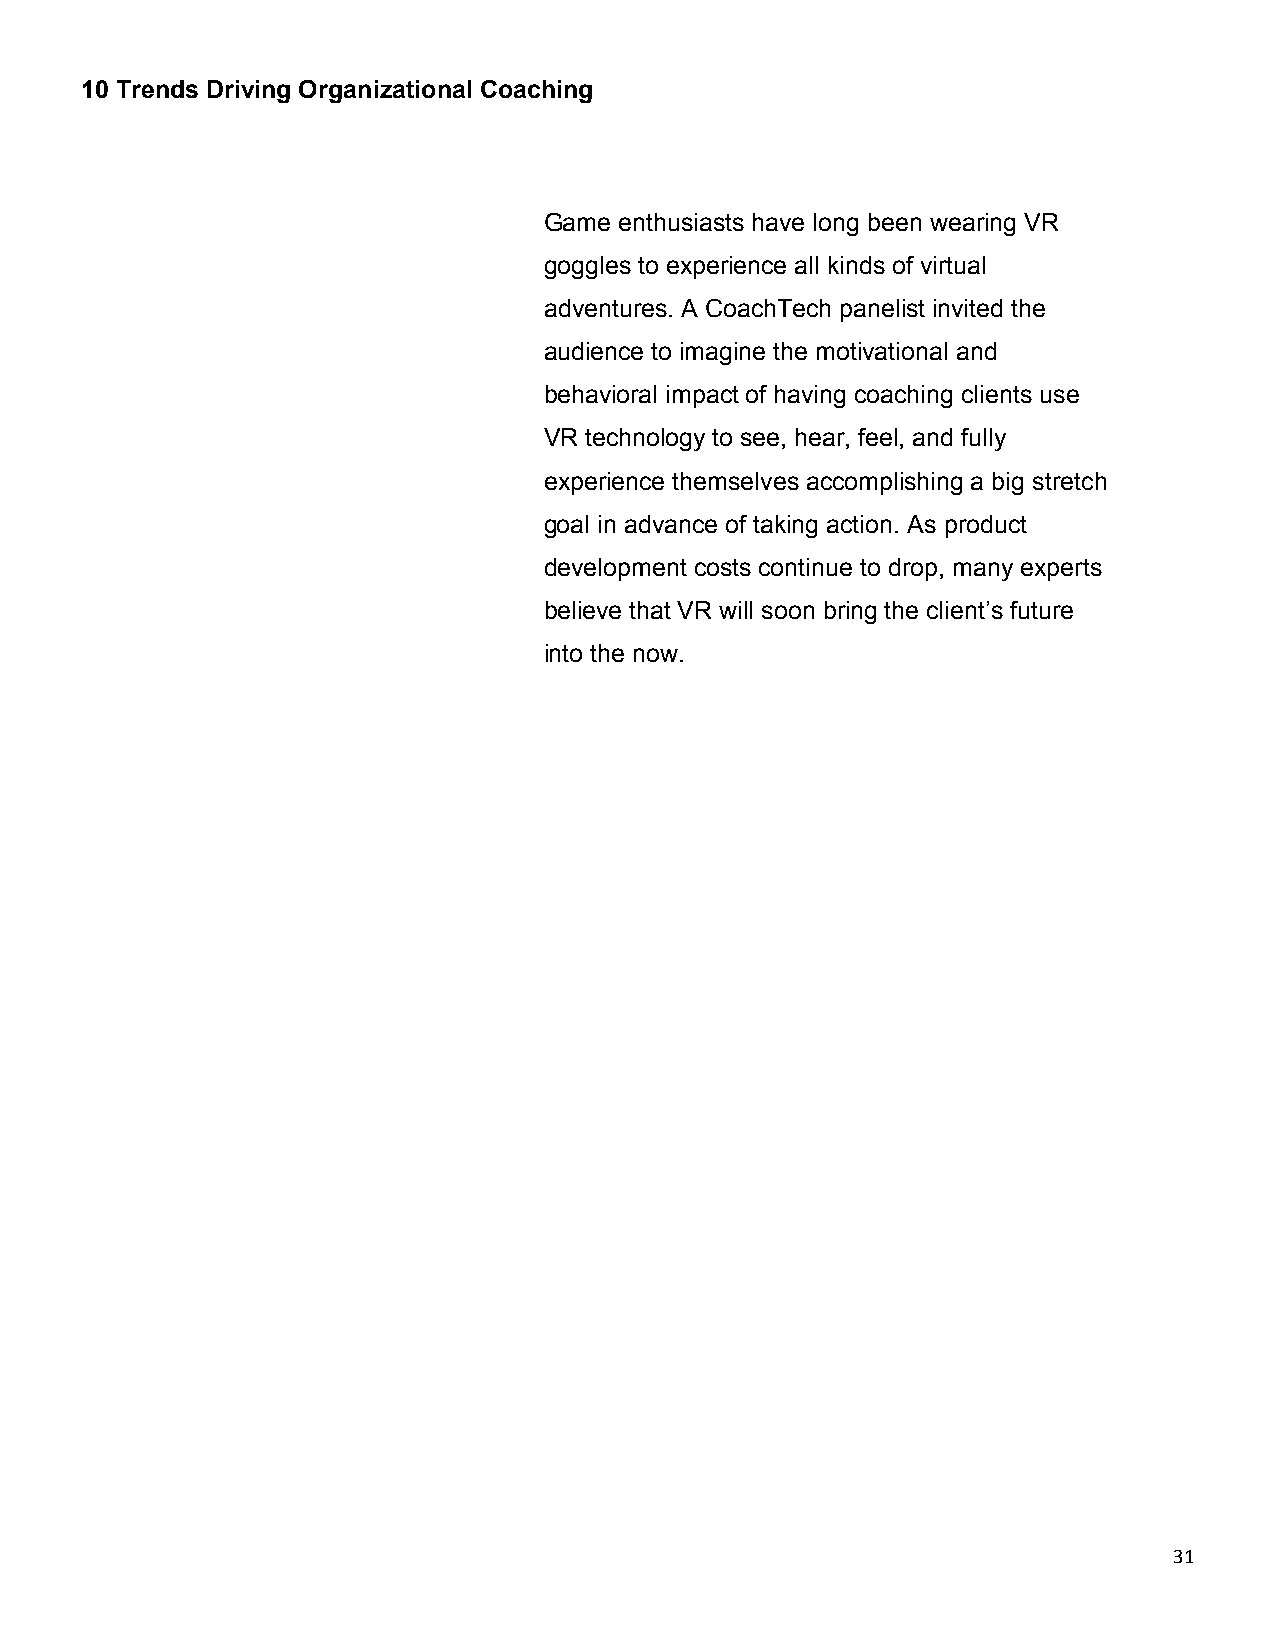
10 Trends Driving Organizational Coaching
 Game enthusiasts have long been wearing VR
 goggles to experience all kinds of virtual
 adventures. A CoachTech panelist invited the
 audience to imagine the motivational and
 behavioral impact of having coaching clients use
 VR technology to see, hear, feel, and fully
 experience themselves accomplishing a big stretch
 goal in advance of taking action. As product
 development costs continue to drop, many experts
 believe that VR will soon bring the client’s future
 into the now.
 31